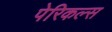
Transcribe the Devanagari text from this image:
पेरिकल्स